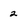
Character: 2